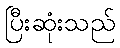
ပြီးဆုံးသည်